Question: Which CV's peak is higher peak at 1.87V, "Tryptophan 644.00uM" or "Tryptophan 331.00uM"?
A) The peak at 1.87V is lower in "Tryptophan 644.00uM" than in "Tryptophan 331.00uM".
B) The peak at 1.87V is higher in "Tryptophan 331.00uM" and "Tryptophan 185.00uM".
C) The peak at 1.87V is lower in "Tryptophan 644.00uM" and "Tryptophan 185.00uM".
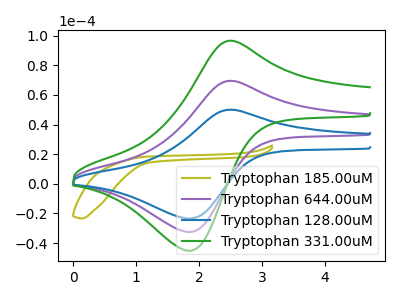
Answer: <think>The olive curve "Tryptophan 185.00uM" has no peaks. The purple curve "Tryptophan 644.00uM" has an anodic peak at (2.50V, 69.55uA) and a cathodic peak at (1.85V, -32.55uA). The blue curve "Tryptophan 128.00uM" has an anodic peak at (2.50V, 50.05uA) and a cathodic peak at (1.85V, -23.45uA). The green curve "Tryptophan 331.00uM" has an anodic peak at (2.50V, 139.10uA) and a cathodic peak at (1.85V, -65.10uA).</think>
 <answer>A) The peak at 1.87V is lower in "Tryptophan 644.00uM" than in "Tryptophan 331.00uM".</answer>
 <eval>A</eval>